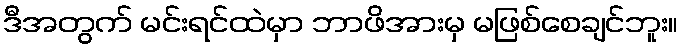
ဒီအတွက် မင်းရင်ထဲမှာ ဘာဖိအားမှ မဖြစ်စေချင်ဘူး။